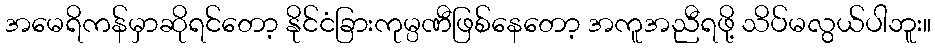
အမေရိကန်မှာဆိုရင်တော့ နိုင်ငံခြားကုမ္ပဏီဖြစ်နေတော့ အကူအညီရဖို့ သိပ်မလွယ်ပါဘူး။